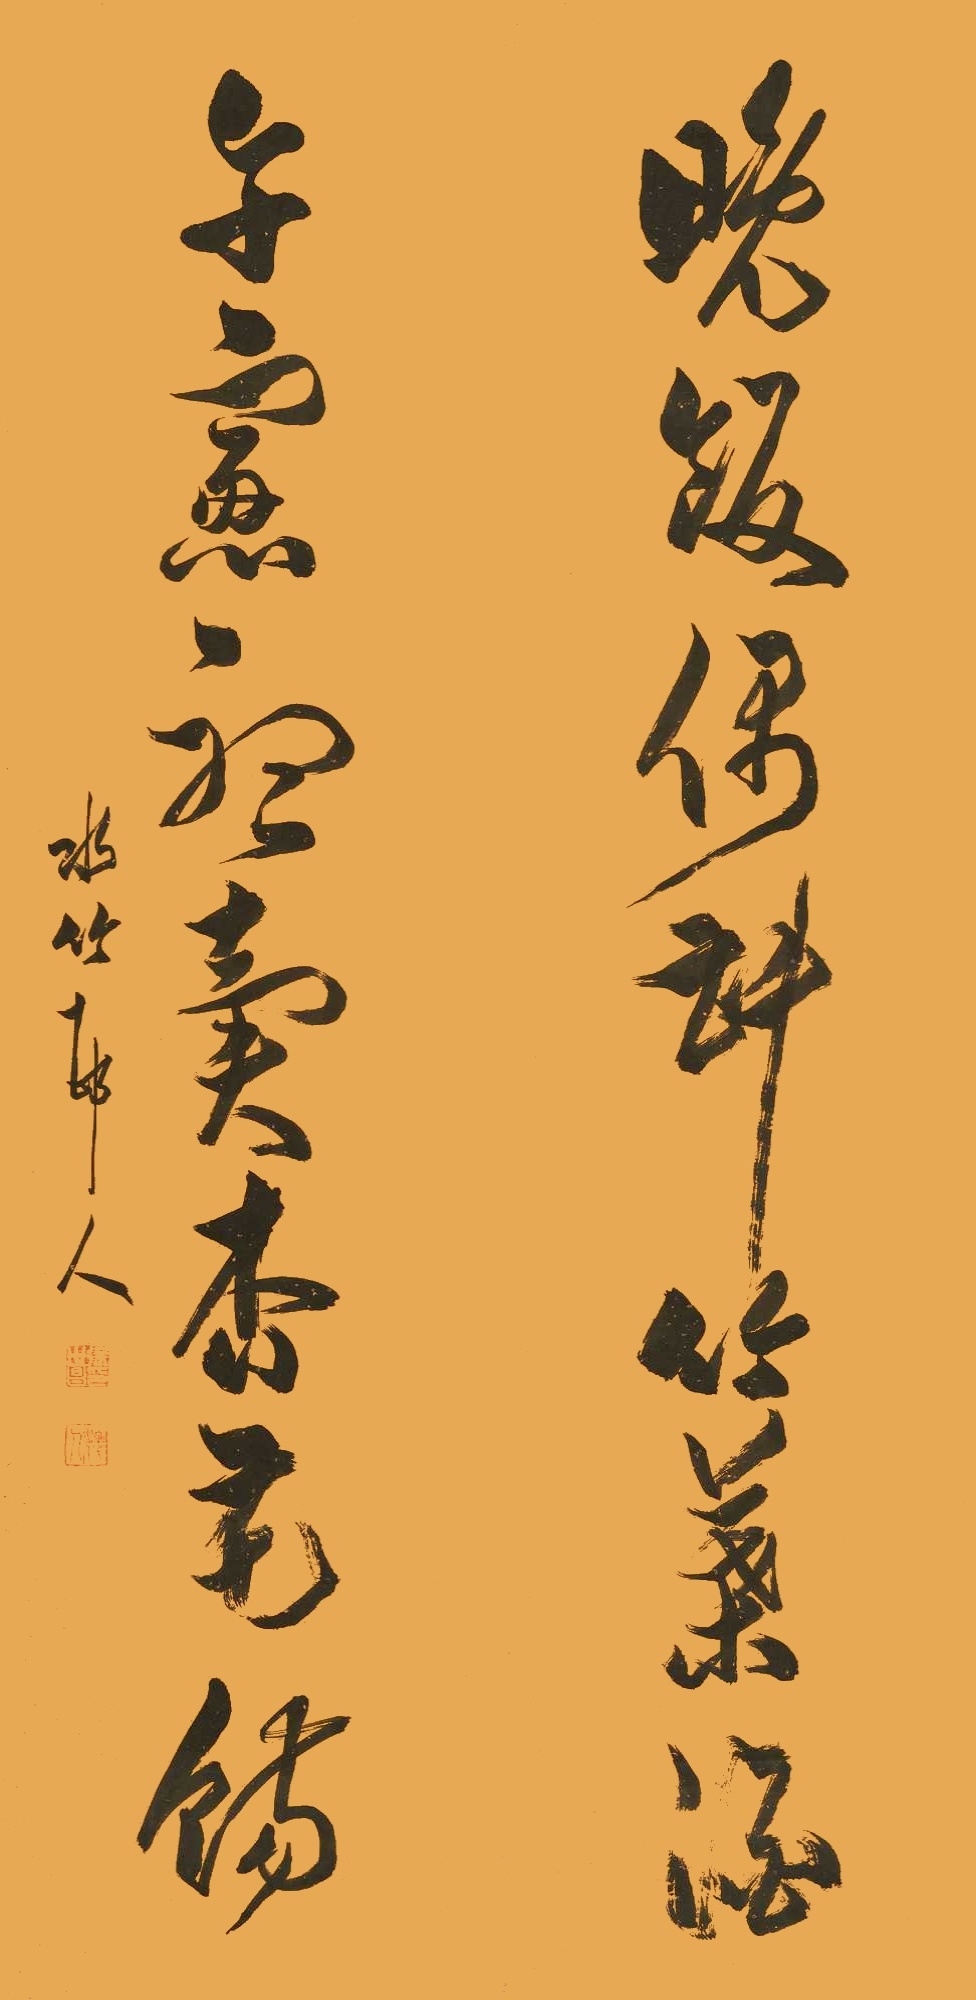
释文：晚饭偶斟竹叶酒，午窗听卖杏花饧。水竹村人。